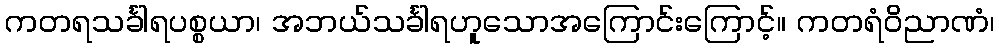
ကတရသင်္ခါရပစ္စယာ၊ အဘယ်သင်္ခါရဟူသောအကြောင်းကြောင့်။ ကတရံဝိညာဏံ၊